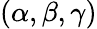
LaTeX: (\alpha,\beta,\gamma)